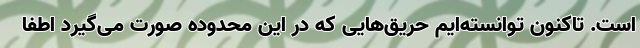
است. تاکنون توانسته‌ایم حریق‌هایی که در این محدوده صورت می‌گیرد اطفا